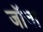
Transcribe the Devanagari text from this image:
जॉचा